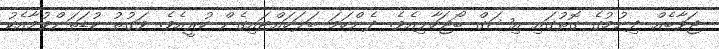
ޖަވާބެއް ދިނުމުގެ ގޮތުގައި އިޝަގް ބޯޖަހާލިއެވެ. ދެންހަމަ ބަލަހައްޓައިގެން ހުރީއެވެ. ވަގުތު ކުޑަތަންވުމާއެކު